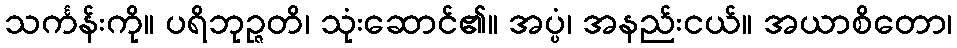
သင်္ကန်းကို။ ပရိဘုဉ္ဇတိ၊ သုံးဆောင်၏။ အပ္ပံ၊ အနည်းငယ်။ အယာစိတော၊